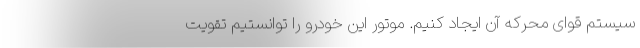
سیستم قوای محرکه آن ایجاد کنیم. موتور این خودرو را توانستیم تقویت